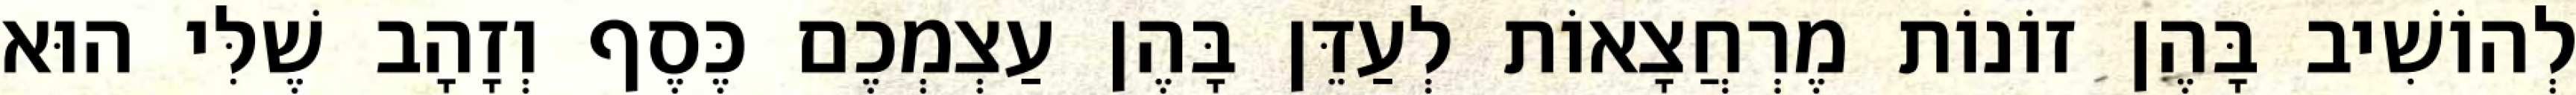
לְהוֹשִׁיב בָּהֶן זוֹנוֹת מֶרְחֲצָאוֹת לְעַדֵּן בָּהֶן עַצְמְכֶם כֶּסֶף וְזָהָב שֶׁלִּי הוּא